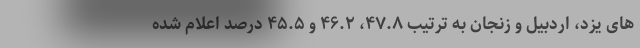
های یزد، اردبیل و زنجان به ترتیب ۴۷.۸، ۴۶.۲ و ۴۵.۵ درصد اعلام شده